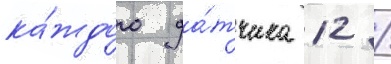
ка́ждого да́тчика 12 /